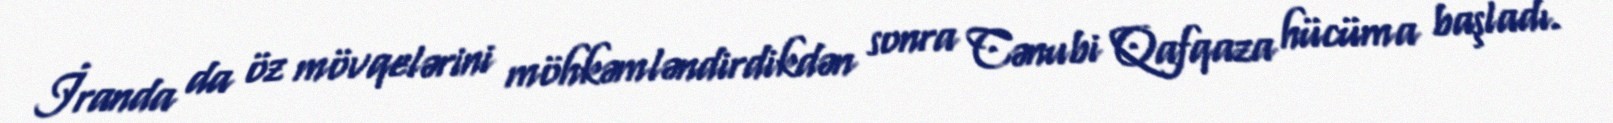
İranda da öz mövqelərini möhkəmləndirdikdən sonra Cənubi Qafqaza hücüma başladı.